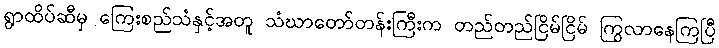
ရွာထိပ်ဆီမှ ကြေးစည်သံနှင့်အတူ သံဃာတော်တန်းကြီးက တည်တည်ငြိမ်ငြိမ် ကြွလာနေကြပြီ